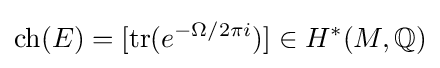
\operatorname {ch} (E)=[\operatorname {tr} (e^{-\Omega /2\pi i})]\in H^{*}(M,\mathbb {Q} )